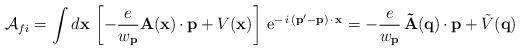
LaTeX: \begin{align*}{\cal A}_{fi}=\int d{\bf x\,}\left[ -\frac e{w_{{\bf p}}}{\bf A}({\bf x})\, {\bf \cdot \,p}+V({\bf x})\right] \,{\rm e}^{-\,i\,({\bf p}^{\prime }-{\bf p})\,{\bf \cdot \,x}}=-\frac e{w_{{\bf p}}}\,{\bf \tilde A(q})\,{\bf \cdot \,p}+\tilde V({\bf q})\;\;\;\end{align*}